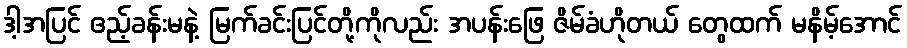
ဒါ့အပြင် ဧည့်ခန်းမနဲ့ မြက်ခင်းပြင်တို့ကိုလည်း အပန်းဖြေ ဇိမ်ခံဟိုတယ် တွေထက် မနိမ့်အောင်